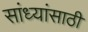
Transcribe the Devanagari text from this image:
सांध्यांसाठी